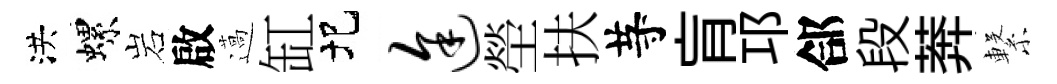
洪螺岩啟薖缸圯途塋扶䒭肓邛郃段莾繋